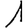
Digit: 1